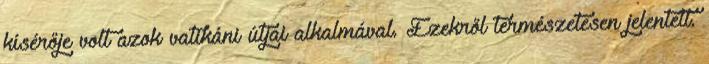
kísérője volt azok vatikáni útjai alkalmával. Ezekről természetesen jelentett.